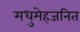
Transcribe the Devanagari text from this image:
मधुमेहजनित